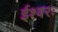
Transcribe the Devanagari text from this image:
ईश्वरः